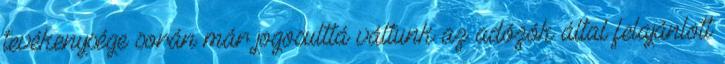
tevékenysége során már jogosulttá váltunk az adózók által felajánlott